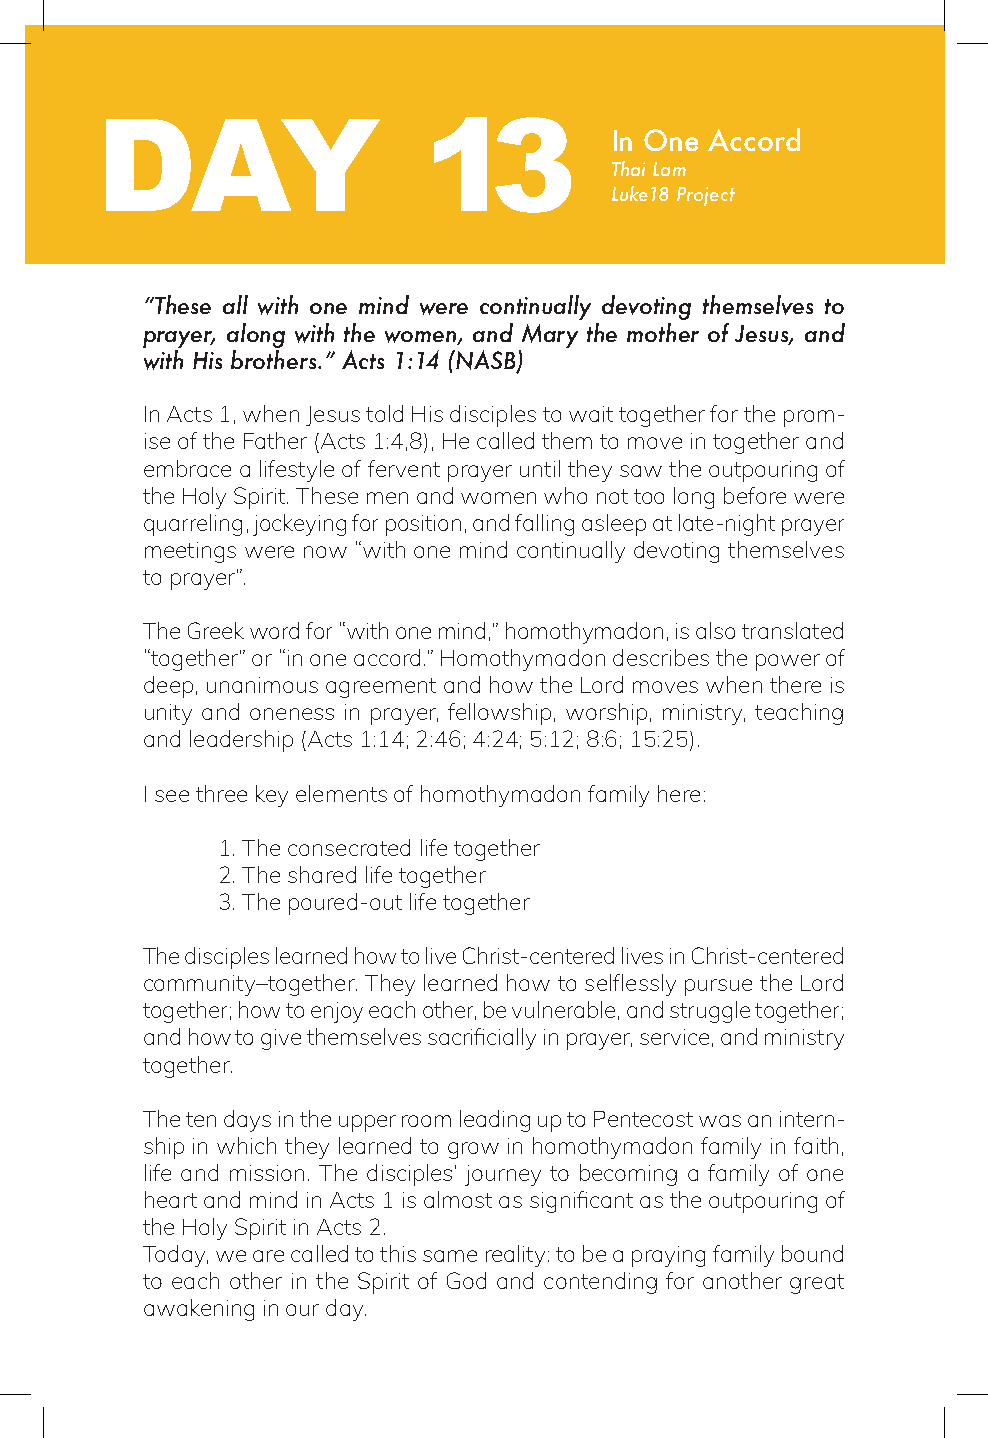
DAY                   13
 In One Accord
 Thai Lam
 Luke18 Project
 “These all with one mind were continually devoting themselves to
 prayer, along with the women, and Mary the mother of Jesus, and
 with His brothers.” Acts 1:14 (NASB)
 In Acts 1, when Jesus told His disciples to wait together for the prom-
 ise of the Father (Acts 1:4,8), He called them to move in together and
 embrace a lifestyle of fervent prayer until they saw the outpouring of
 the Holy Spirit. These men and women who not too long before were
 quarreling, jockeying for position, and falling asleep at late-night prayer
 meetings were now “with one mind continually devoting themselves
 to prayer”.
 The Greek word for “with one mind,” homothymadon, is also translated
 “together” or “in one accord.” Homothymadon describes the power of
 deep, unanimous agreement and how the Lord moves when there is
 unity and oneness in prayer, fellowship, worship, ministry, teaching
 and leadership (Acts 1:14; 2:46; 4:24; 5:12; 8:6; 15:25).
 I see three key elements of homothymadon family here:
 1. The consecrated life together
 2. The shared life together
 3. The poured-out life together
 The disciples learned how to live Christ-centered lives in Christ-centered
 community–together. They learned how to selflessly pursue the Lord
 together; how to enjoy each other, be vulnerable, and struggle together;
 and how to give themselves sacrificially in prayer, service, and ministry
 together.
 The ten days in the upper room leading up to Pentecost was an intern-
 ship in which they learned to grow in homothymadon family in faith,
 life and mission. The disciples’ journey to becoming a family of one
 heart and mind in Acts 1 is almost as significant as the outpouring of
 the Holy Spirit in Acts 2.
 Today, we are called to this same reality: to be a praying family bound
 to each other in the Spirit of God and contending for another great
 awakening in our day.